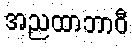
အညထာဘာဝီ